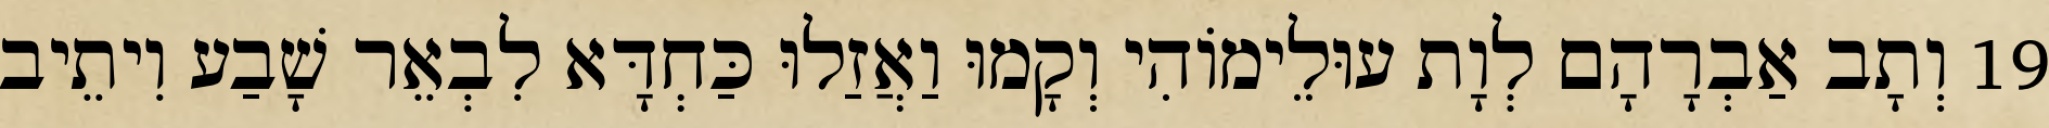
19 וְתָב אַבְרָהָם לְוָת עוּלֵימוֹהִי וְקָמוּ וַאֲזַלוּ כַּחְדָּא לִבְאֵר שָׁבַע וִיתֵיב